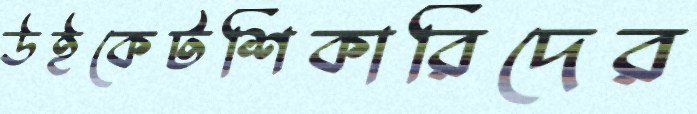
উইকেটশিকারিদের